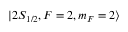
| 2 S _ { 1 / 2 } , F = 2 , m _ { F } = 2 \rangle